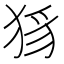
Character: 𤞝